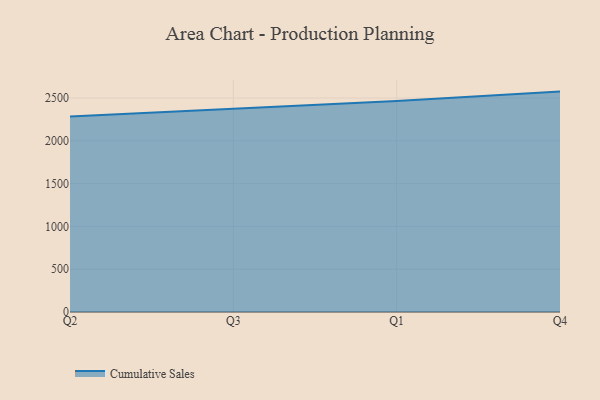
{"axis": {"x": "Quarter", "y": "Humidity (%)"}, "legend": ["Cumulative Sales"], "data": [{"x": "Q2", "y": 2283.2, "type": "Cumulative Sales"}, {"x": "Q3", "y": 2372.7, "type": "Cumulative Sales"}, {"x": "Q1", "y": 2464.8, "type": "Cumulative Sales"}, {"x": "Q4", "y": 2574.9, "type": "Cumulative Sales"}]}